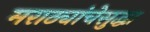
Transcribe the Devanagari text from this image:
मराठ्यांचेसुद्धा